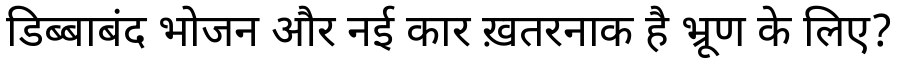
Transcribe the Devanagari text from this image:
डिब्बाबंद भोजन और नई कार ख़तरनाक है भ्रूण के लिए?